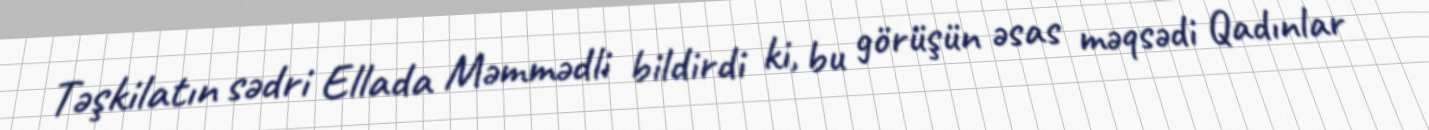
Təşkilatın sədri Ellada Məmmədli bildirdi ki, bu görüşün əsas məqsədi Qadınlar